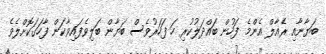
ބަޔާނާއި ރެއާލް އެންމެ ފަހުން ބައްދަލުކުރި ހަ ފަހަރުވެސް ބަޔާން ބަލިވެފައިވާކަން ފާހަގަކޮށްލެވެ